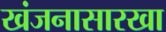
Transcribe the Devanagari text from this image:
खंजनासारखा